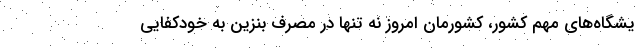
یشگاه‌های مهم کشور، کشورمان امروز نه تنها در مصرف بنزین به خودکفایی